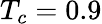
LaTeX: T_{c}=0.9